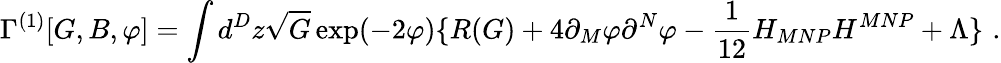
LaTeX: \Gamma^{(1)}[G,B,\varphi]=\int d^{D}z\sqrt{G}\exp(-2\varphi)\{ R(G)+4\partial_{M}\varphi\partial^{N}\varphi-\frac{1}{12}H_{MNP}H^{MNP}+\Lambda\} \, \, .